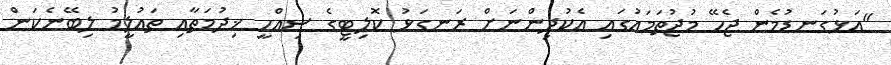
"އަޅުގަނޑުމެން ޖެހޭ މުޖުތަމައުގައި އެކުދިންނަށް ރަނގަޅު ކޮލިޓީގެ ސިއްހީ ޚިދުމަތާއި ތައުލީމު ލިބޭނެކަން